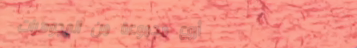
أروع مجموعة من المجوهرات